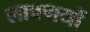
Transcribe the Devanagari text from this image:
लावणयों